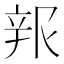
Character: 𰺦